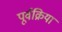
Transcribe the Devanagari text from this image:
पूर्वक्रिया